Insane asylums in Bengal annual reports 1867-1875 - 1867-1875
Year: 1867
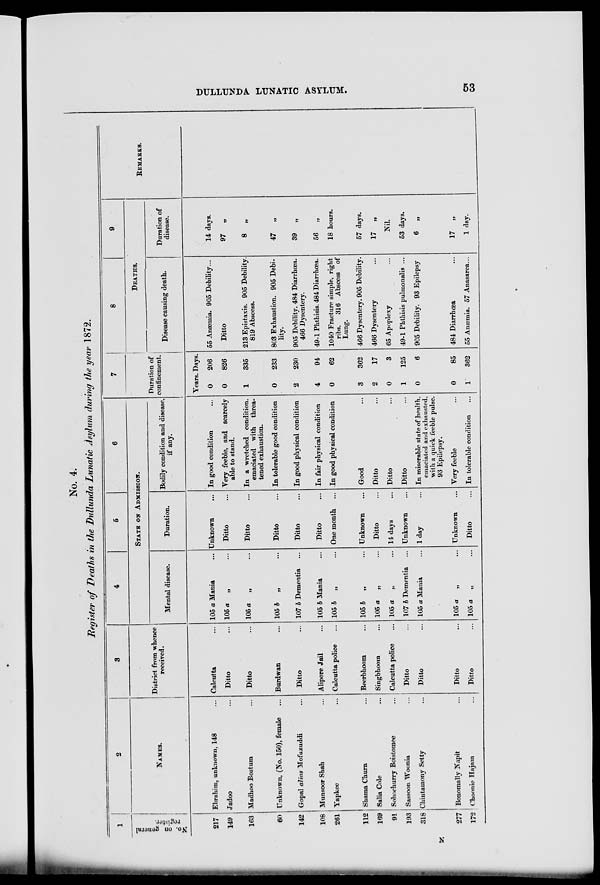
DULLUNDA LUNATIC ASYLUM.
53
No. 4.
Register of Deaths in the Dullunda Lunatic Asylum during the year 1872.
1
No. on general
register.
217
149
163
60
142
108
261
112
169
91
193
318
277
172
2
NAMES.
Ebrahim, unknown, 148 ...
Jadoo ...
Madhoo Bostum ...
Unknown, (No. 150), female ...
Gopal alias Mofuzuddi ...
Munsoor Shah ...
Yapkee ...
Shama Churn ...
Salia Cole ...
Sohochurry Boistomee ...
Sassoon Woonia ...
Chintamony Setty ...
Bonomally Napit ...
Choonie Hajam ...
3
District from whence
received.
Calcutta ...
Ditto ...
Ditto ...
Burdwan ...
Ditto ...
Alipore Jail ...
Calcutta police ...
Beerbhoom ...
Singbhoom ...
Calcutta police ...
Ditto ...
Ditto ...
Ditto ...
Ditto ...
4
5
6
STATE ON ADMISSION.
Mental disease.
105 a Mania ...
105 a „ ...
105 a „ ...
105 b „ ...
107 b Dementia ...
105 b Mania ...
105 b „ ...
105 b „ ...
105 a
„ ...
105 a
„ ...
107 b Dementi ...
105 a Mania ...
105 a „ ...
105 a „ ...
Duration.
Unknown ...
Ditto ...
Ditto ...
Ditto ...
Ditto ...
Ditto ...
One month ...
Unknown ...
Ditto ...
14 days ...
Unknown ...
1 day ...
Unknown ...
Ditto ...
Bodily condition and disease,
if any.
In good condition ...
Very feeble, and scarcely
able to stand.
In a wretched condition.
emaciated with threa¬
tened exhaustion.
In tolerable good condition
In good physical condition
In fair physical condition
In good pnysical condition
Good ...
Ditto ...
Ditto ...
Ditto ...
In miserable state of health.
emaciated and exhausted,
with a quick feeble pulse.
93 Epilepsy.
Very feeble ...
In tolerable condition ...
7
Duration of
confinement.
Years.
0
0
1
0
2
4
0
3
2
0
1
0
0
1
Days.
206
826
335
233
230
94
62
362
17
3
125
6
85
362
8
9
DEATHS.
Disease causing death.
55 Anæmia. 905 Debility...
Ditto
213 Epistaxis. 905 Debility.
819 Abscess.
803 Exhaustion. 905 Debi-
lity.
905 Debility. 484 Diarrhœa.
466 Dysentery.
49-1 Phthisis. 484 Diarrhœa.
1040 Fracture simple, right
ribs. 316 Abscess of
Lung.
466 Dysentery. 905 Debility.
466 Dysentery ...
65 Apoplexy ...
49-1 Phthisis pulmonalis ...
9C5 Debility. 93 Epilepsy
484 Diarrhœa
55 Anæmia. 57 Anasarca...
Duration of
disease.
14 days.
97
„
8
„
47
„
39 „
56
„
18 hours.
57 days.
17 „
Nil.
53 days.
6 „
17 „
1 day.
REMARKS.
N